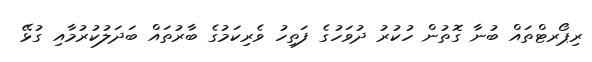
ރިޕޯރޓްތައް ބުނާ ގޮތުން ހުކުރު ދުވަހުގެ ފަތިހު ވެރިކަމުގެ ބާރުތައް ބަދަލުކުރުމާއި ގުޅޭ